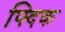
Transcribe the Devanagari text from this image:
फ्दिक